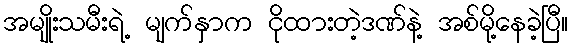
အမျိုးသမီးရဲ့ မျက်နှာက ငိုထားတဲ့ဒဏ်နဲ့ အစ်မို့နေခဲ့ပြီ။